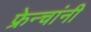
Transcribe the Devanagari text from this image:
फ्रेन्चांनी